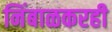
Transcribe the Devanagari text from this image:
निंबाळकरही